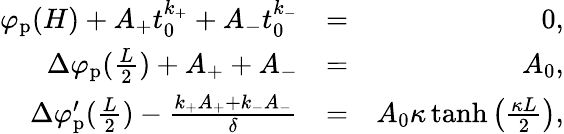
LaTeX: \begin{array}{rlr}{\varphi_{\mathrm{p}}(H)+A_{+}t_{0}^{k_{+}}+A_{-}t_{0}^{k_{-}}}&{=}&{0,}\\ {\Delta\varphi_{\mathrm{p}}(\frac{L}{2})+A_{+}+A_{-}}&{=}&{A_{0},}\\ {\Delta\varphi_{\mathrm{p}}^{\prime}(\frac{L}{2})-\frac{k_{+}A_{+}+k_{-}A_{-}}{\delta}}&{=}&{A_{0}\kappa\operatorname{tanh}\left(\frac{\kappa L}{2}\right),}\end{array}